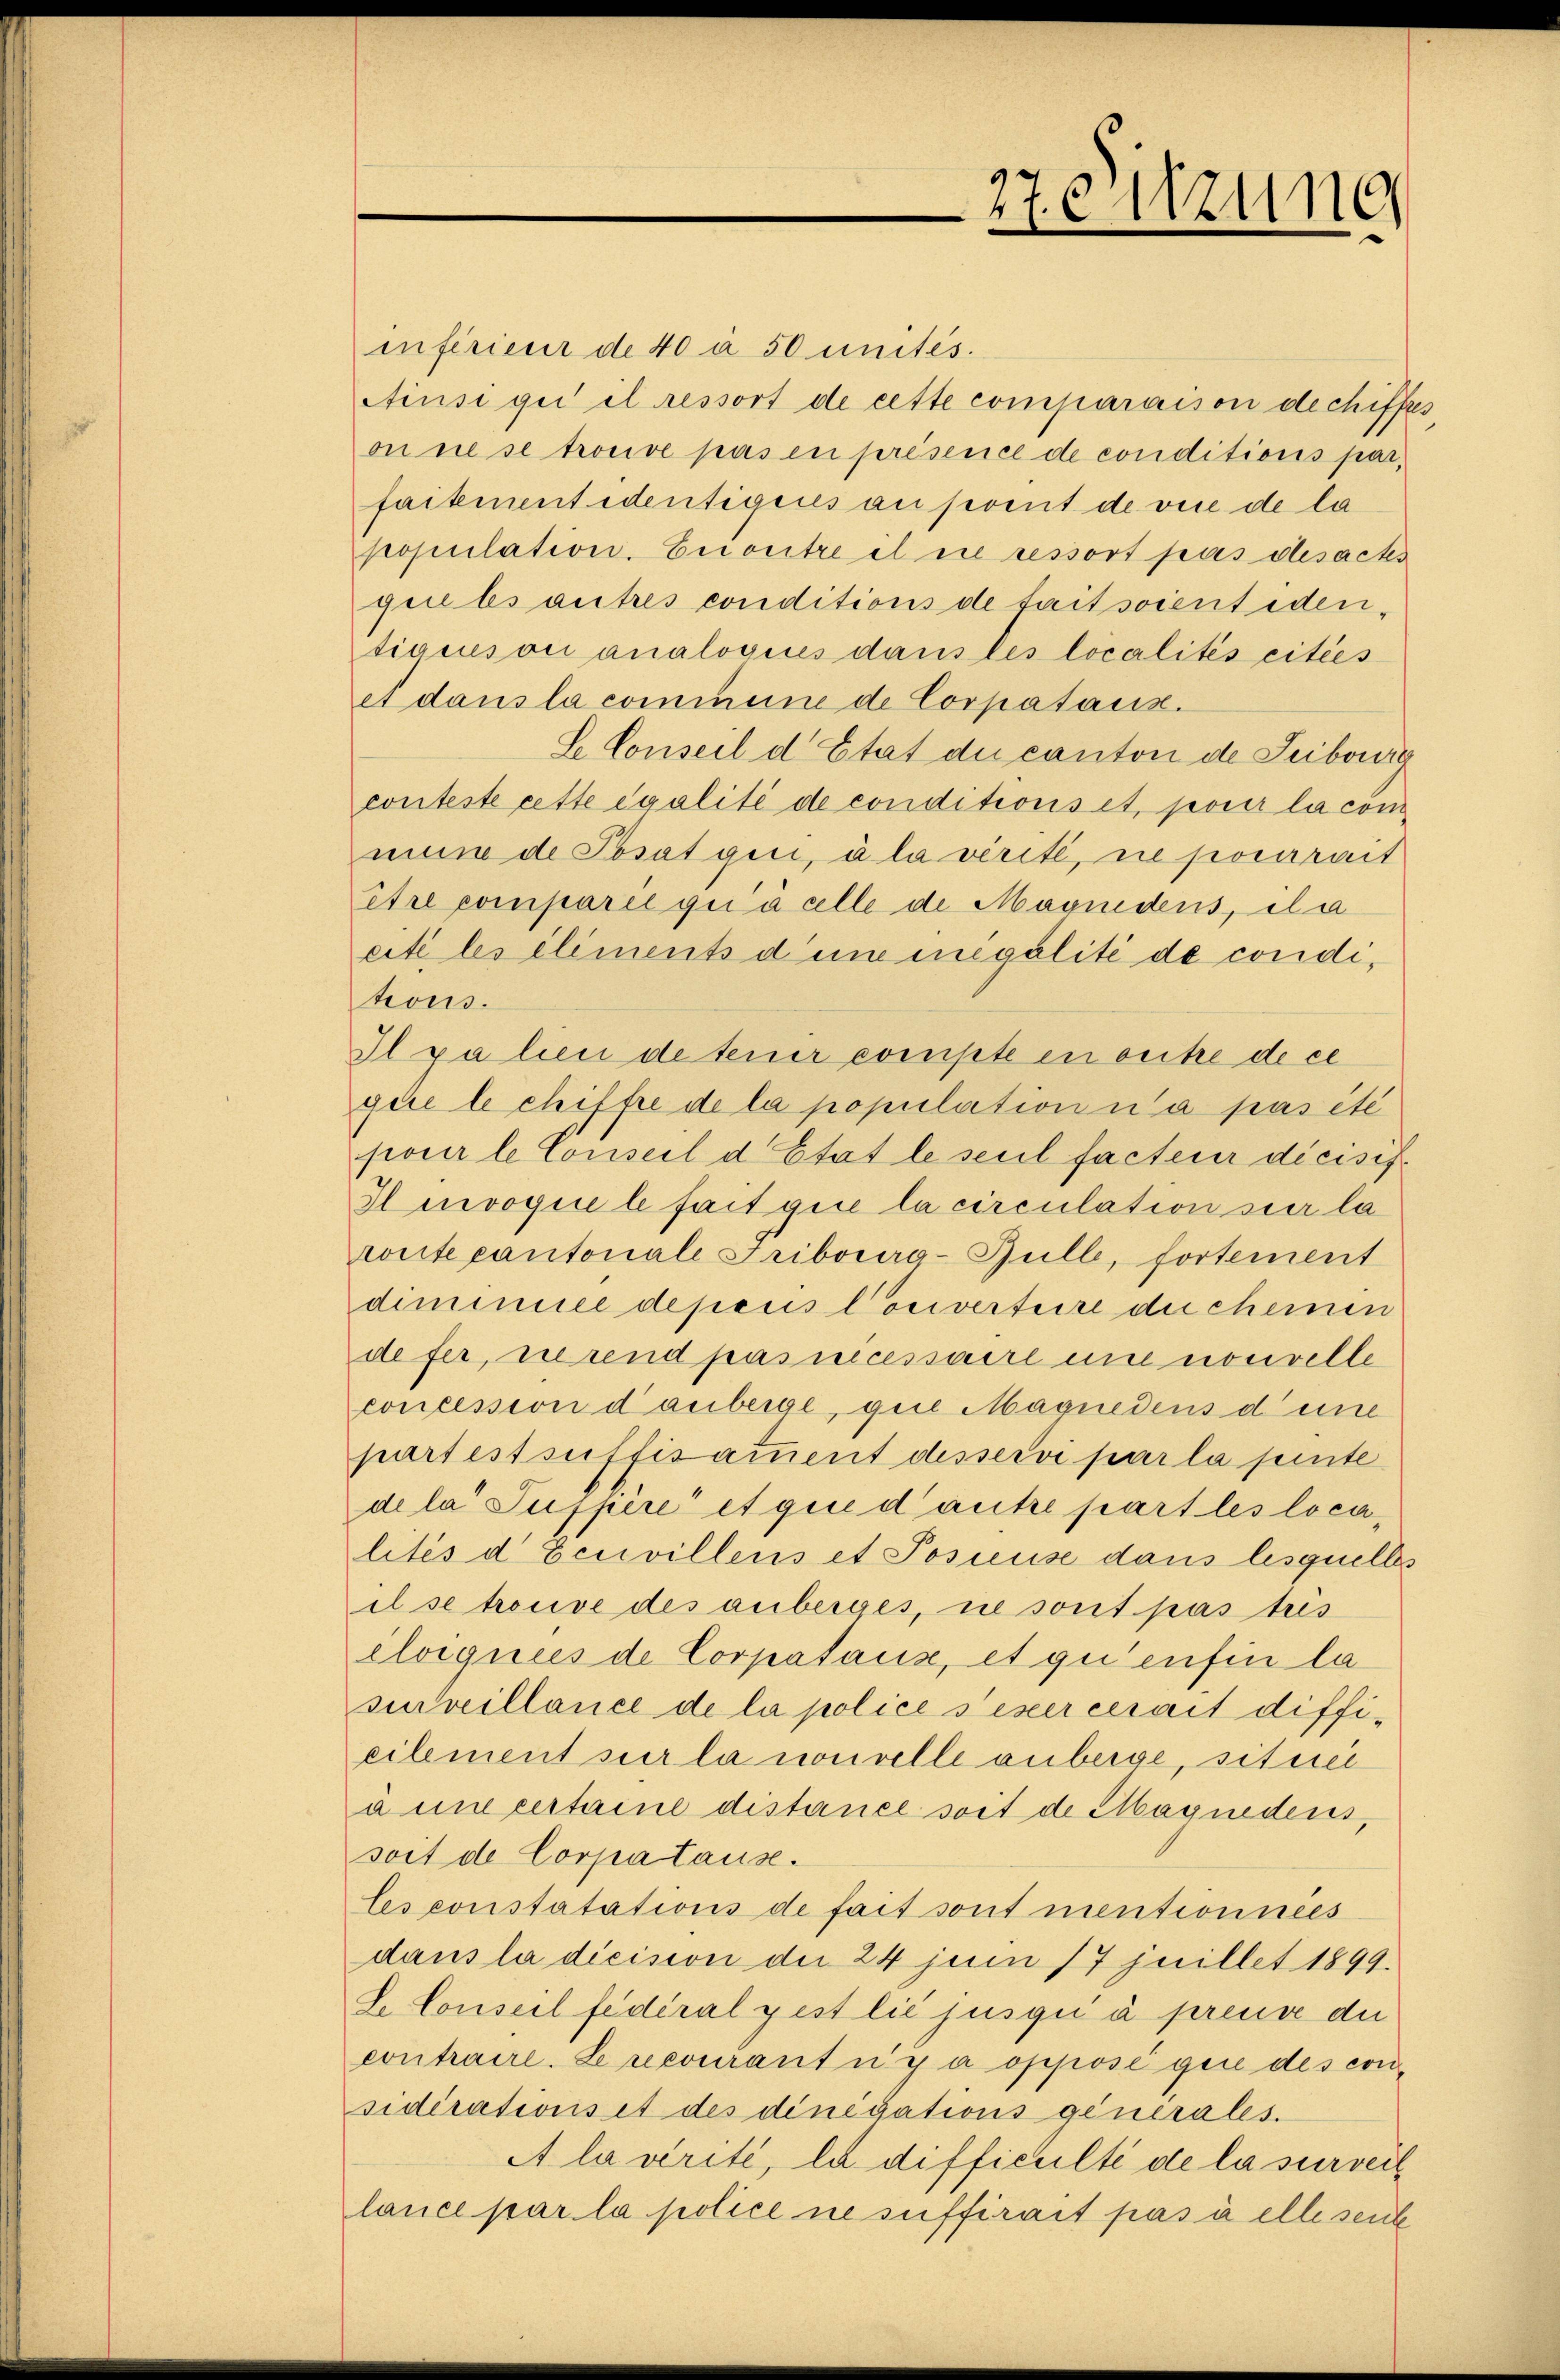
inférieur de 40 à 50 unités.
Ainsi qui il ressort de cette comparaison dechiffes,
on ne se trouve pas en présence de conditions par
faitement identigens an sevent de vice de la
population. Encontre il ne ressort pas desactes
guels autres conditions de faitsoient identiaison analogies dans les localités citées
et dans la commene de Corpataux.
L. Conseil d’Etat du canton de Jubog
conteste cette égalité de conditions et pour la comnun de Posatgii, à la vérité, ne pocerait
être comparie già celle de Magnidens, ila
eite les eliments d’une megálité de condihous.
Il ja lieu de teuer compte en outre de ce
que le chiffre de la population n’a pas été
pour le Conseil d’Etat le seul facteur dicisif¬
Imvoque le fait gine la circulation sur la
ronte cantonale Fribourg-Bulle, fortement
diminice depens Converteire du cheinen
defer, nerend pas necessaire une nouvelle
concession danberge, gute Magnedens deine
partest suffisamment desservi par la pinte
de la Puppere et qui d’autre part les localités d Eeuvillens et Posieuse dans lesquelles
il se trouve des anberges, ne sont pas tus
éloignées de Corpataux, et qu’enfin la
suveillance de la police sexercerait diffieilement sur la nouvelle anberge, situi
à une certaine distance soit de Magnedens,
soit de Corpatause.
Ces constatations de fait sont mentionnées
dans la dicision der 24 jum 17 juillet 1899.
L. Conseil fédéral gest lie jusqui à preuve die
contraire. Le recouranti y a opposé gene des considérations et des dinegations generales.
A la vérité, la difficulté de la surveil
lance par la police ne suffirait pas à elle seit

27Sitzung